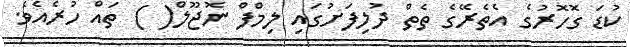
ކުޑަ ގޮހޮރުގެ އެތެރޭގެ ތެތް ދުލިފަށުގައި ލިމްފް ނޮޖޫލް( ) ތައް ހުރެއެވެ.